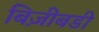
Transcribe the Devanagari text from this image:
बिज़ीबडी